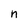
Character: n